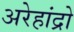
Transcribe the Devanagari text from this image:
अरेहांद्रो